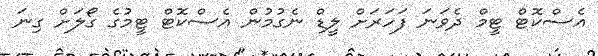
އެސްކޮޓް ޓީމް ދެވަނަ ފަހަރަށް ލީޑް ނެގުމުން އެސްކޮޓް ޓީމުގެ ގޯލަށް ގިނަ